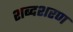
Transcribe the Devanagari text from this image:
शब्दशरण